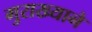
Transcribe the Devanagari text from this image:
गुराख्याने